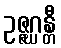
ဥဇ္ဇဂ္ဃန္တီ